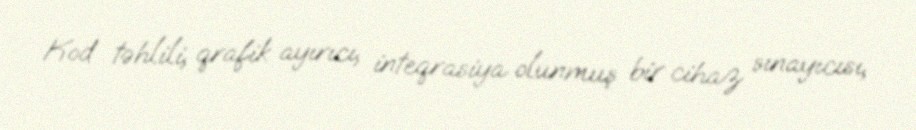
Kod təhlili, qrafik ayırıcı, inteqrasiya olunmuş bir cihaz sınayıcısı,